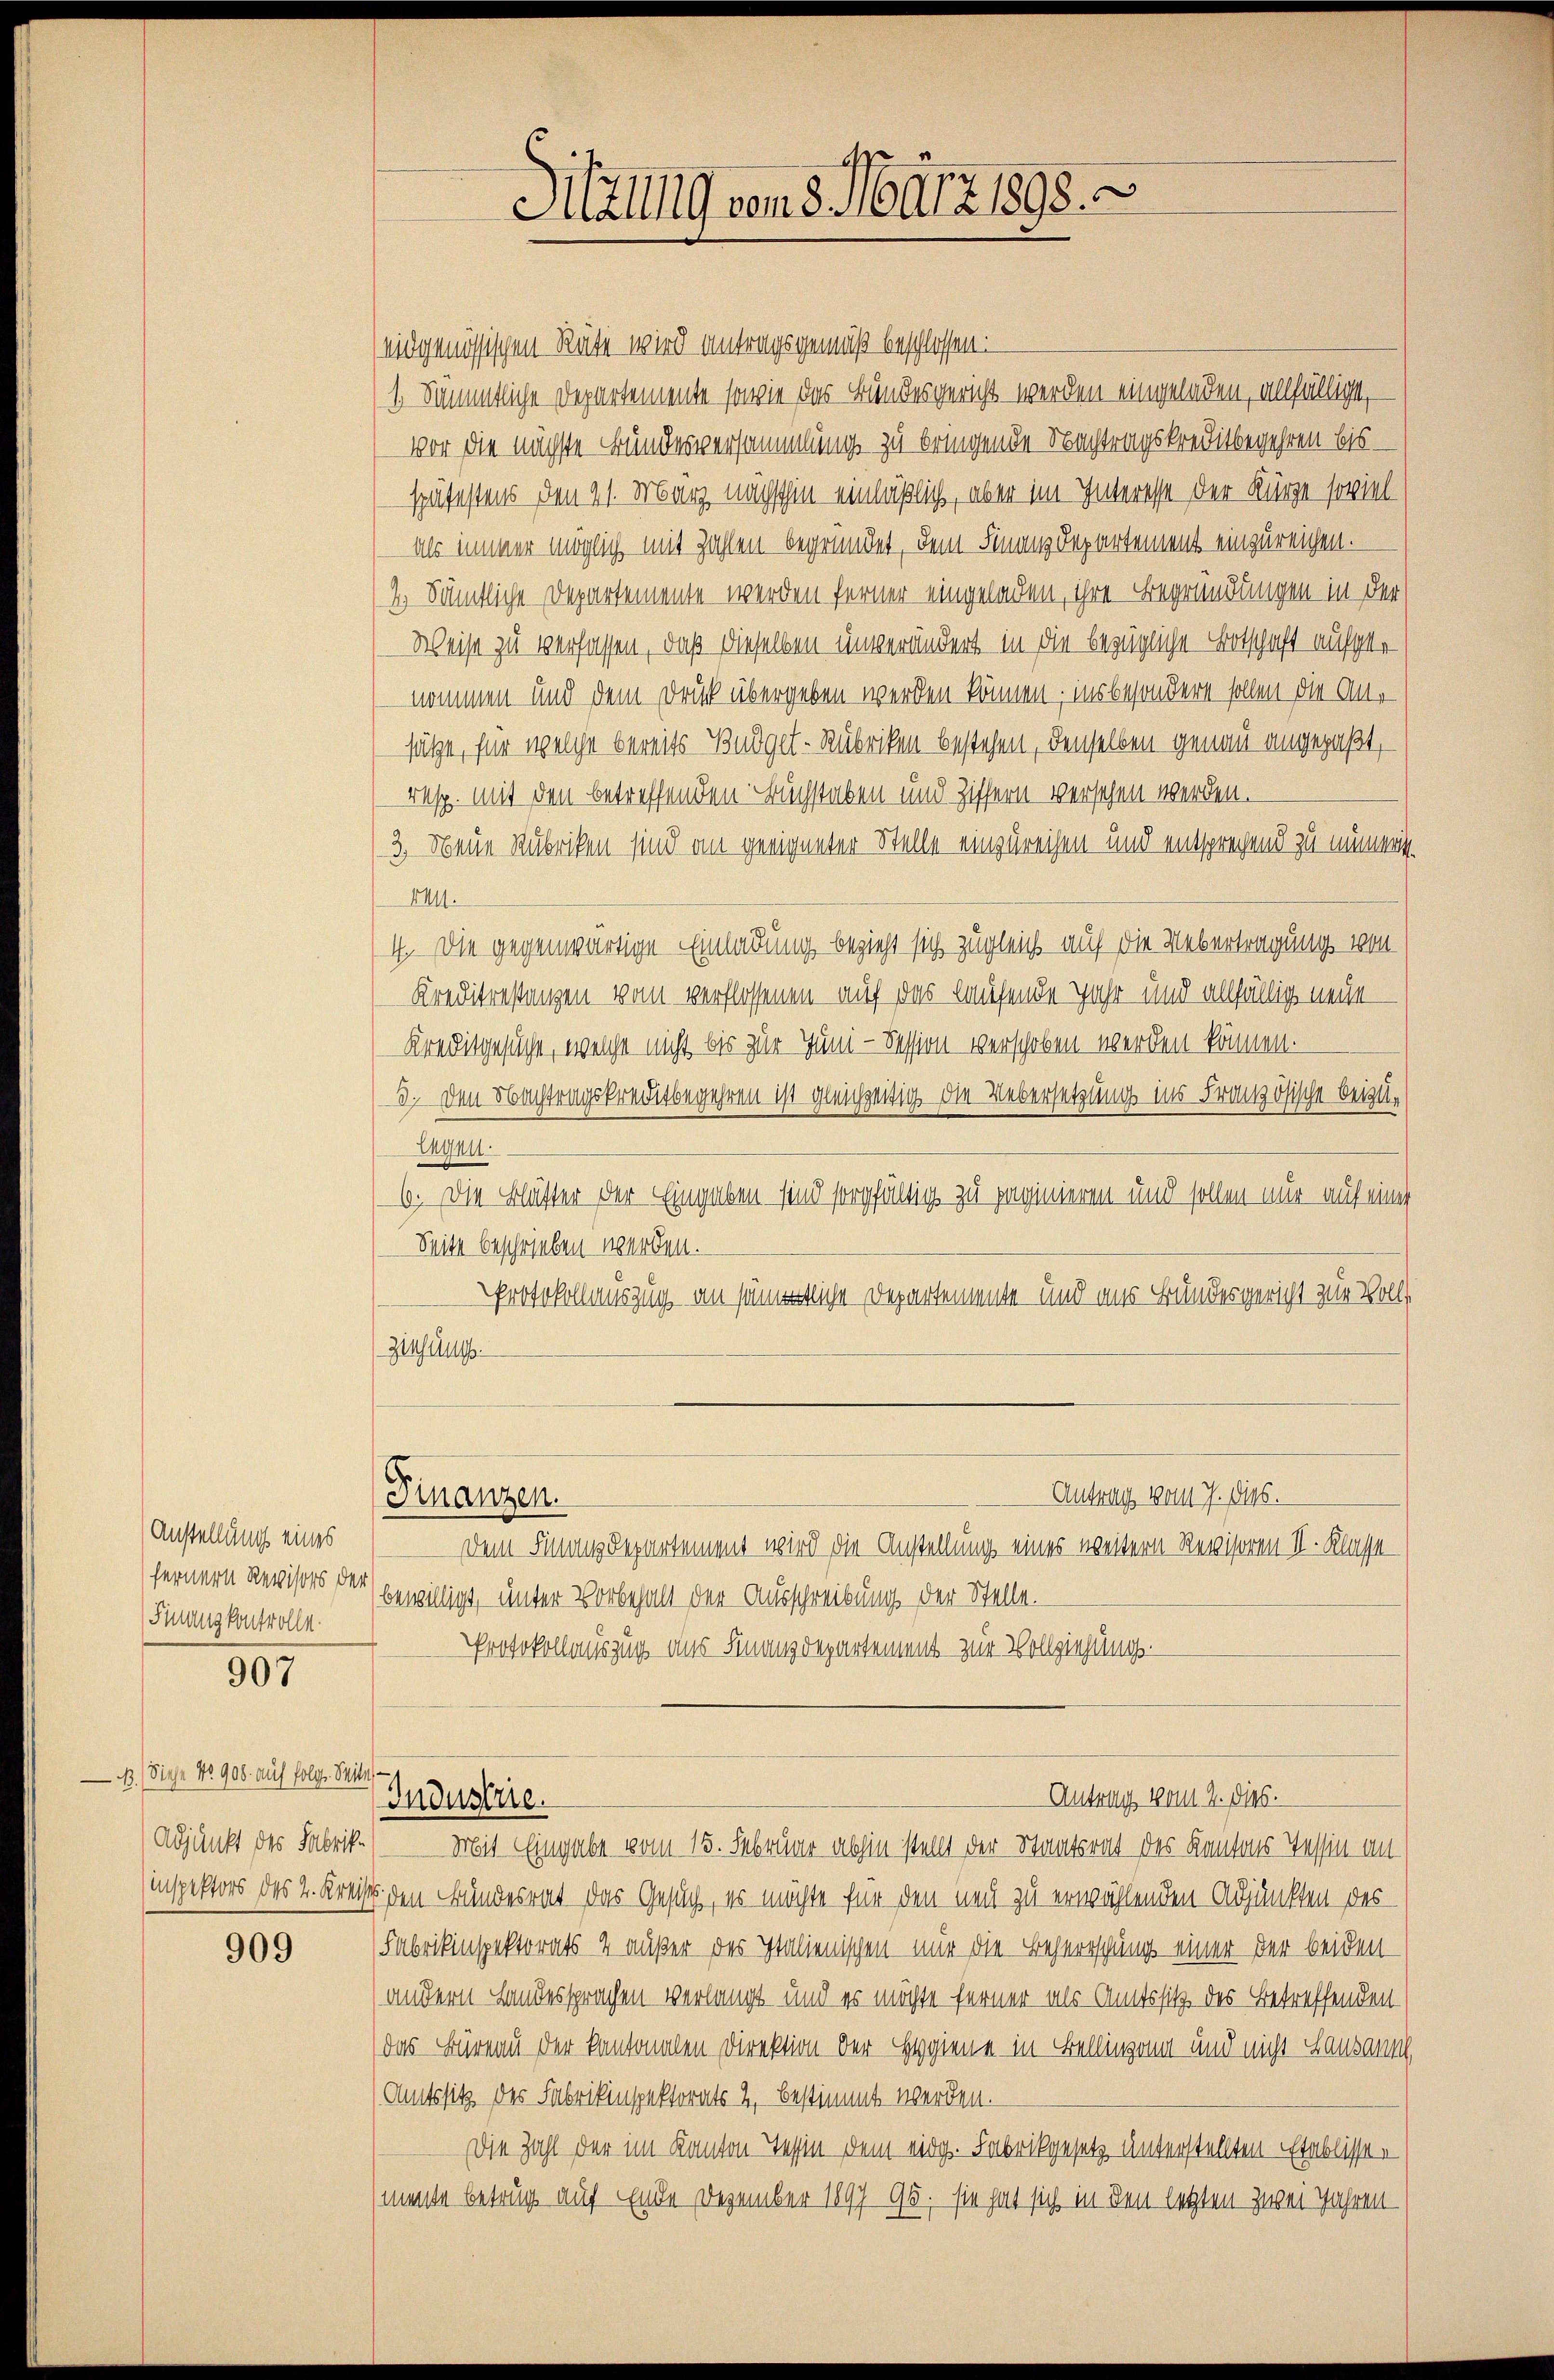
Anstellung eines
fernern Revisors der
Sanzkontrolle.

907

B.) Diese No. 900. auf folg. Seite
Adjunkt des Fabrik¬

909

eidgenössischen Rüte wird antragsgemäß beschlossen:
1. Sämmtliche Departemente sowie das Bundesgericht werden eingeladen, allfällige,
vor die nächste Bundesversammlung zu bringende Nachtragskreditbegehren bisspätestens den 21. März nächsthin einläßlich, aber im Interesse der Kürze soviel
als immer möglich mit Zahlen begründet, dem Finanz-Departement einzureichen.
2.) Sämtliche Departemente werden ferner eingeladen, ihre Begründungen in der
Weise zu verfassen, daß dieselben unverändert in die bezügliche Botschaft aufgenommen und dem Druck übergeben werden können; insbesondere sollen die Ansätze, für welche bereits Budget-Rubriken bestehen, denselben genau angepaßt,
resp. mit den betreffenden Buchstaben und Ziffern versehen werden.
3, Neue Rubriken sind an geeigneter Stelle einzureihen und entsprechend zu nimmt.
1441.
4. Die gegenwärtige Einladung bezieht sich zugleich auf die Uebertragung von
Kreditestanzen vom verflossenen auf das laufende Jahr und allfällig neue
Kreditgesuche, welche nicht bis zur Juni - Session verschoben werden können.
3. Den Nachtragskreditbegehren ist gleichzeitig die Uebersetzung ins Französische beizu¬
Legen.
6. Die Blätter der Eingaben sind sorgfältig zu paginieren und sollen nur auf eines
Seite beschrieben werden.
Protokollauszug an sämmtliche Departemente und aus Bundesgericht zur Voll
Ziehung
Antrag vom 7. dies.
Finanzen.
Dem Finanzdepartement wird die Anstellung eines weitern Revisoren II. Klasse
bewilligt, unter Vorbehalt der Ausschreibung der Stelle.
Protokollauszug aus Finanzdepartement zur Vollziehung.

Industrie.

Hitzung vom 5. März 1898.

Mit Eingabe vom 15. Februar abhin stellt der Staatsrat des Kantons Tessin an
inspektors des 2. Kreiss den Bundesrat das Gesuch, er möchte für den neu zu erwählenden Adjunkten des
Fabrikinspektorats 4 außer des Italienischen nur die Beherrschung einer der beiden
andern Landersprachen verlangt und es möchte ferner als Amtssitz des Betreffenden
das Büreau der kantonalen Direktion der Hygiene in Bellingang und nicht Lausann
Amtssitz des Fabrikinspektorats 2, bestimmt werden.
Die Zahl der im Kanton Tessin dem eidg. Fabrikgesetz unterstellten Etablissen
mente betrug auf Ende Dezember 1897 95. sie hat sich in den letzten zwei Jahren-

Antrag vom 2. dies.